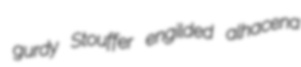
gurdy Stouffer engilded alhacena